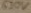
Text: 630V